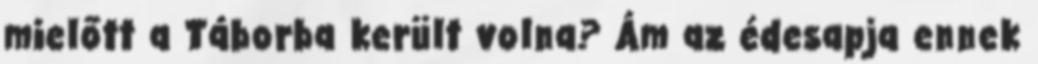
mielőtt a Táborba került volna? Ám az édesapja ennek